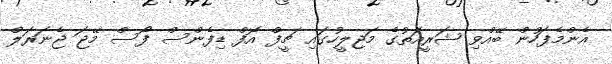
އެންމެފަހުން ބޭއްވި ޝަރީއަތުގެ މަޖިލީހުގައި ޗީފް އޮފް ޑިފެންސް ފޯސް މޭޖަ ޖެނަރަލް